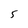
Character: 5